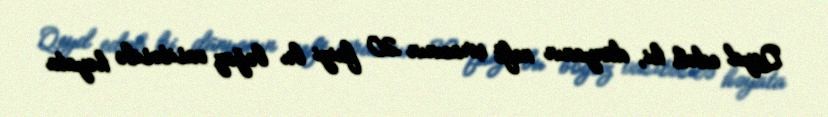
Qeyd edək ki, dünyanın neft ixracının 20 faizi bu boğaz vasitəsilə həyata